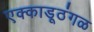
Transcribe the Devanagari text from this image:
एक्काडूठंगळ